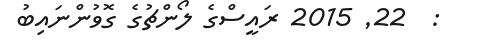
:  22